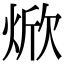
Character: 焮